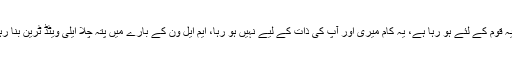
چیف جسٹس گلزار احمد نے ریمارکس دیئے کہ ہم آپ کے شکر گزار ہیں یہ قوم کے لئے ہو رہا ہے، یہ کام میری اور آپ کی ذات کے لیے نہیں ہو رہا، ایم ایل ون کے بارے میں پتہ چلا ایلی ویٹڈ ٹرین بنا رہے ہیں،ریلوے اپنی 5 جائیدادیں بیچ دے تو سارے مسائل حل ہو جائیں گے۔